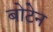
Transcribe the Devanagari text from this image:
बोटेन